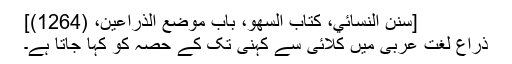
[سنن النسائي، كتاب السهو، باب موضع الذراعين، (1264)]
ذراع لغت عربی میں کلائی سے کہنی تک کے حصہ کو کہا جاتا ہے۔